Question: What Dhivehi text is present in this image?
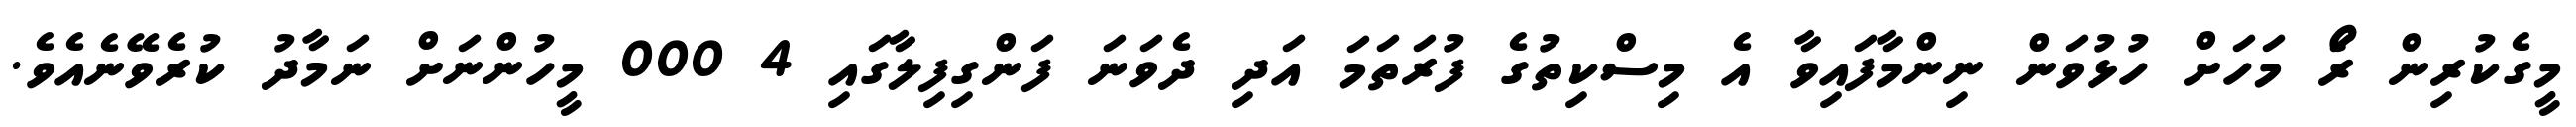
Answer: މީގެކުރިން ރޯަ މަހަށް ހުޅުވަން ނިންމާފައިވާ އެ މިސްކިތުގެ ފުރަތަމަ އަދި ދެވަނަ ފަންގިފިލާގައި 4 000 މީހުންނަށް ނަމާދު ކުރެވޭނެއެވެ.